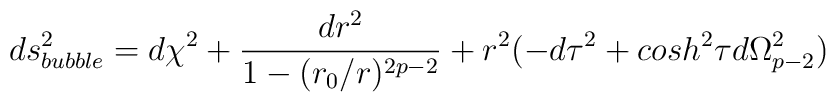
ds^2_{bubble} = d\chi^2+\frac{ dr^2}{1-(r_0/r)^{2p-2}} + r^2(-d\tau^2+ cosh^2 \tau d\Omega_{p-2}^2)